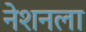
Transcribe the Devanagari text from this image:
नेशनला